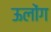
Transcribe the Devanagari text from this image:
ऊलोंग